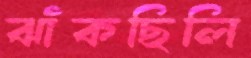
ঝাঁকছিলি